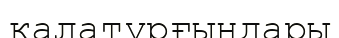
қалатұрғындары